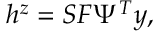
h ^ { z } = S F \Psi ^ { T } y ,